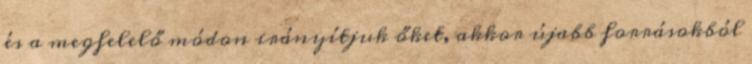
és a megfelelő módon irányítjuk őket, akkor újabb forrásokból